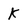
Character: K